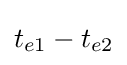
t_{e1}-t_{e2}